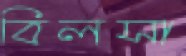
বিলসা